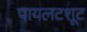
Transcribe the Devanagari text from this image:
पायलटशूट